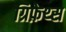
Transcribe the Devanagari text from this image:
ग्रिफ़ेथ्स